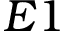
E 1